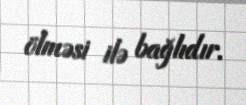
ölməsi ilə bağlıdır.